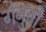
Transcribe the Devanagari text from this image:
गेनुबी